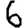
Digit: 6